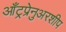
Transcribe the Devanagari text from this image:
आँट्रप्रेनुअरशीप